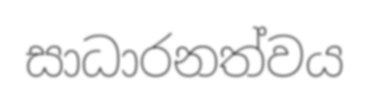
සාධාරනත්වය